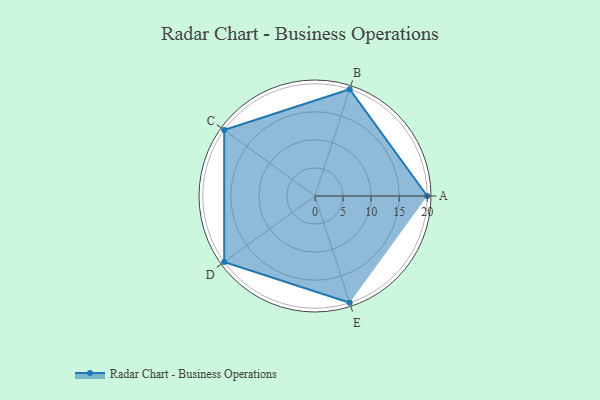
{"axis": {"x": "Skill", "y": "Score"}, "legend": ["Profile"], "data": [{"x": "A", "y": 20, "type": "Profile"}, {"x": "B", "y": 20, "type": "Profile"}, {"x": "C", "y": 20, "type": "Profile"}, {"x": "D", "y": 20, "type": "Profile"}, {"x": "E", "y": 20, "type": "Profile"}]}